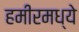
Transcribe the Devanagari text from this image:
हमीरमध्ये